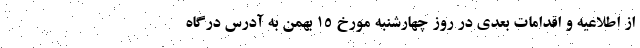
از اطلاعیه و اقدامات بعدی در روز چهارشنبه مورخ 15 بهمن به آدرس درگاه